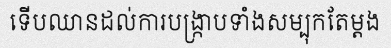
ទើបឈានដល់ការបង្ក្រាបទាំងសម្បុកតែម្តង